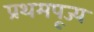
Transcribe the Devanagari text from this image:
प्रथमपूज्य